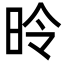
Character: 昤